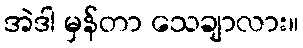
အဲဒါ မှန်တာ သေချာလား။